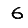
Digit: 6